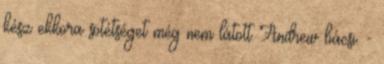
kész ekkora sötétséget még nem látott Andrew bácsi. -